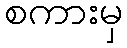
စကားမှ